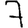
Digit: 7